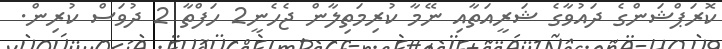
ކޮރަޕްޝަންގެ ދައުވާގެ ޝަރީއަތާއި ނޭމާ ކުރިމަތިލާން ޖެހެނީ2 ހަފްތާ 2 ދުވަސް ކުރިން.